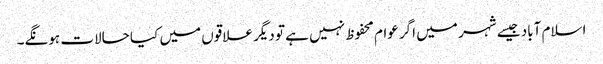
اسلام آباد جیسے شہر میں اگر عوام محفوظ نہیں ہے تو دیگر علاقوں میں کیا حالات ہونگے۔